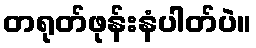
တရုတ်ဖုန်းနံပါတ်ပဲ။